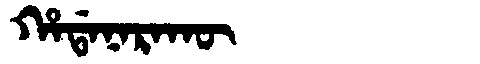
Manchu: ᡥᠠᡩᠠᠨᠠᡵᠠᡴᡡ
Romanization: HADANARAKŪ